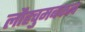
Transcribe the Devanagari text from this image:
लौहचुमबकत्व